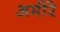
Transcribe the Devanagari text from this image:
अमीरे